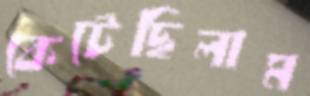
কেটেছিলাম